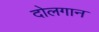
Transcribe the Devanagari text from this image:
दोलगान